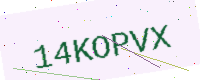
Text: 14KOPVX